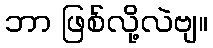
ဘာ ဖြစ်လို့လဲဗျ။